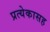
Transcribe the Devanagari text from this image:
प्रत्येकासह